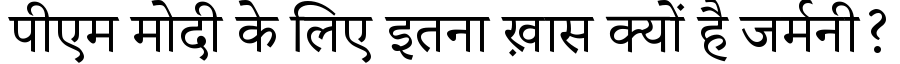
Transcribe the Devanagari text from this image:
पीएम मोदी के लिए इतना ख़ास क्यों है जर्मनी?